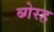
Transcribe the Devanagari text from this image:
ब्गेरह